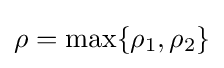
\rho =\max\{\rho _{1},\rho _{2}\}